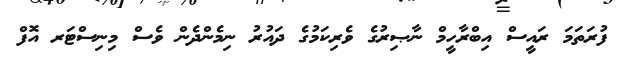
ފުރަތަމަ ރައީސް އިބްރާހީމް ނާޞިރުގެ ވެރިކަމުގެ ދައުރު ނިމެންދެން ވެސް މިނިސްޓަރ އޮފް